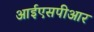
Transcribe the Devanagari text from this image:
आईएसपीआर